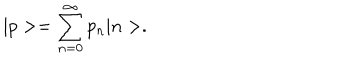
LaTeX: | p > = \sum _ { n = 0 } ^ { \infty } p _ { n } | n > .